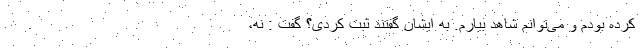
کرده بودم و می‌توانم شاهد بیارم. به ایشان گفتند ثبت کردی؟ گفت : نه،